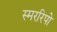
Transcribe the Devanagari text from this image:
स्मररिपो